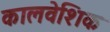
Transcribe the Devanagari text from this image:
कालवेशिक